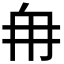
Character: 𮉼